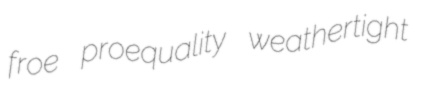
froe proequality weathertight